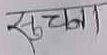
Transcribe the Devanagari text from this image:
सूचना